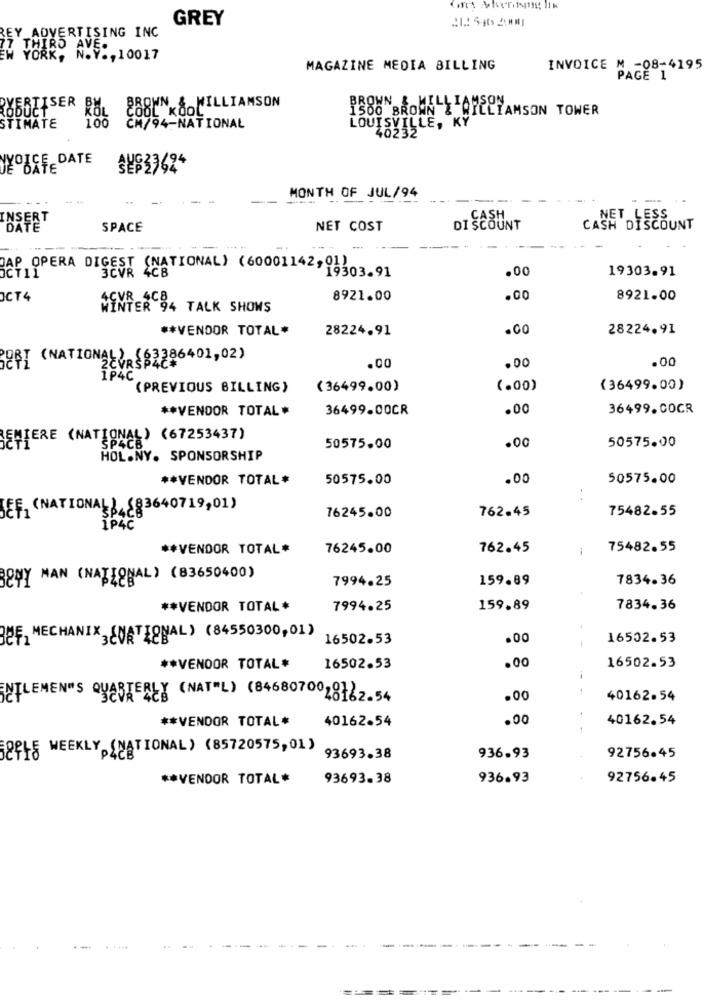
GREY
EY_ADVERTISING INC
THIRD AVE.
EW YORK, N.V ., 10017
MAGAZINE MEDIA BILLING
INVOICE M -08-4195
PAGE 1
BROWN & WILLIAMSON
BYERTISER BA
KÖL
COOL KOOL
BROWN & WILLIAMSON
WILLIAMSON TOWER
100
STIMATE
CM/94-NATIONAL
LOUISVILLE, KY
40232
YYOUCEDATE
MONTH OF JUL/94
--
SERT
. CASH
NET LESS
SPACE
NET COST
DISCOUNT
CASH DISCOUNT
DAP OPERA DIGEST (NATIONAL) (60001142,01)
3CVR 4CB
.00
19303.91
19303.91
JCT4
8921.00
.00
8921.00
MENTER 94 TALK SHOWS
** VENDOR TOTAL*
28224.91
28224.91
BERT (NATIONAL) (63386401,02)
.00
.00
.00
1P4C
(PREVIOUS BILLING)
(36499.00)
(.00)
(36499.00)
** VENDOR TOTAL*
36499.00CR
.00
36499.COCR
REMIERE (NATION
SUNAL) (67253437)
.00
50575.00
50575.00
HOL.NY. SPONSORSHIP
** VENDOR TOTAL #
50575.00
.00
50575.00
SEF. (NATIONAL), (83640719,01)
762.45
75482.55
76245.00
IP4C
** VENDOR TOTAL#
76245.00
762.45
--
75482.55
BOWY MAN (NATIONAL) (83650400)
7994.25
159.89
7834.36
** VENDOR TOTAL *
7994.25
159.89
7834.36
QUE, MECHANIX 3EURTIONAL) (84550300,01)
16502.53
.00
16502.53
** VENDOR TOTAL *
16502.53
.00
16502.53
SUTLEMEN'S QUARTERLY (NAT"L) (8468070018162.54
.00
40162.54
** VENDOR TOTAL
40162.54
.00
40162.54
SOPLS WEEKLY (NATIONAL ) (85720575,01)
93693.38
936.93
92756.45
** VENDOR TOTAL*
93693.38
936.93
92756.45
-
. . ...